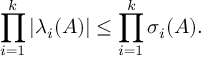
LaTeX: \prod _ { i = 1 } ^ { k } \left| \lambda _ { i } ( A ) \right| \leq \prod _ { i = 1 } ^ { k } \sigma _ { i } ( A ) .